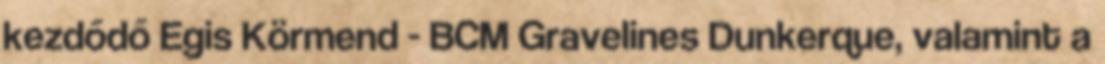
kezdődő Egis Körmend - BCM Gravelines Dunkerque, valamint a